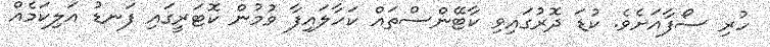
ހުރި ސޯފާއަށެވެ. ކުޑަ ދޮރުގައިވި ކާޓޭންސްތައް ކަހާލައިފާ ވުމުން ކޮޓަރީގައި ފަނޑު އަލިކަމެއް